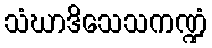
သံဃာဒိသေသကဏ္ဍံ